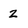
Character: 2